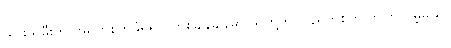
သားသမီးက အရက်စက်ခံရရင် တစ်ချိန်ချိန်မှာ သူတို့က ပြန်ရက်စက်လာကြလိမ့်မယ်။